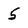
Character: 5